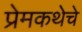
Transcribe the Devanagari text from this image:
प्रेमकथेचे